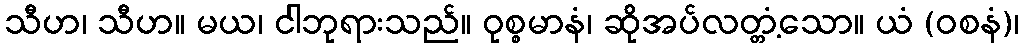
သီဟ၊ သီဟ။ မယ၊ ငါဘုရားသည်။ ဝုစ္စမာနံ၊ ဆိုအပ်လတ္တံ့သော။ ယံ (ဝစနံ)၊